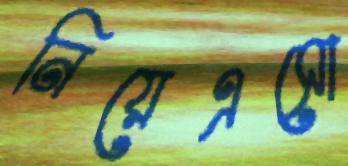
নিয়েএসো